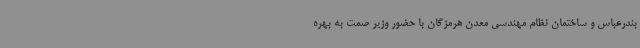
بندرعباس و ساختمان نظام مهندسی معدن هرمزگان با حضور وزیر صمت به بهره